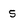
Character: 5